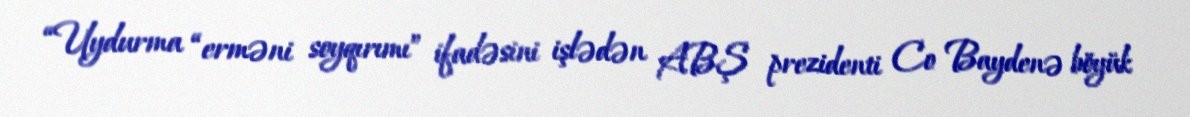
“Uydurma “erməni soyqırımı” ifadəsini işlədən ABŞ prezidenti Co Baydenə böyük